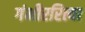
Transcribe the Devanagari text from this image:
गंभीररित्या